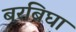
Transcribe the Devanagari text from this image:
बरबिघा